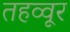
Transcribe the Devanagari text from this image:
तहव्वूर